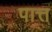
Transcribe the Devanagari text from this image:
पात्त